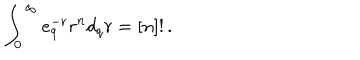
LaTeX: \int _ { 0 } ^ { \infty } e _ { q } ^ { - r } r ^ { n } d _ { q } r = [ n ] ! \, .